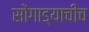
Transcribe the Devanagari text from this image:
सोंगाड्याचीच